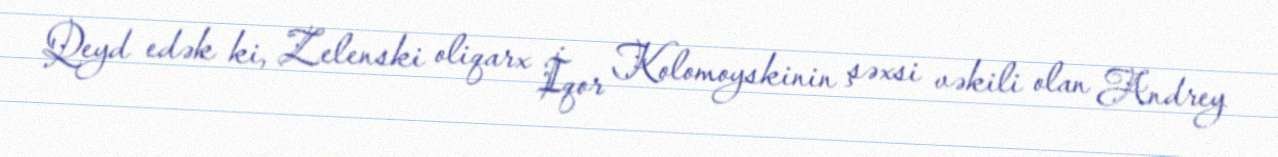
Qeyd edək ki, Zelenski oliqarx İqor Kolomoyskinin şəxsi vəkili olan Andrey